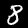
Label: 8